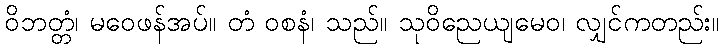
ဝိဘတ္တံ၊ မဝေဖန်အပ်။ တံ ဝစနံ၊ သည်။ သုဝိညေယျမေဝ၊ လျှင်ကတည်း။